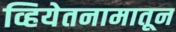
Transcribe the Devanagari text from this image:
व्हियेतनामातून